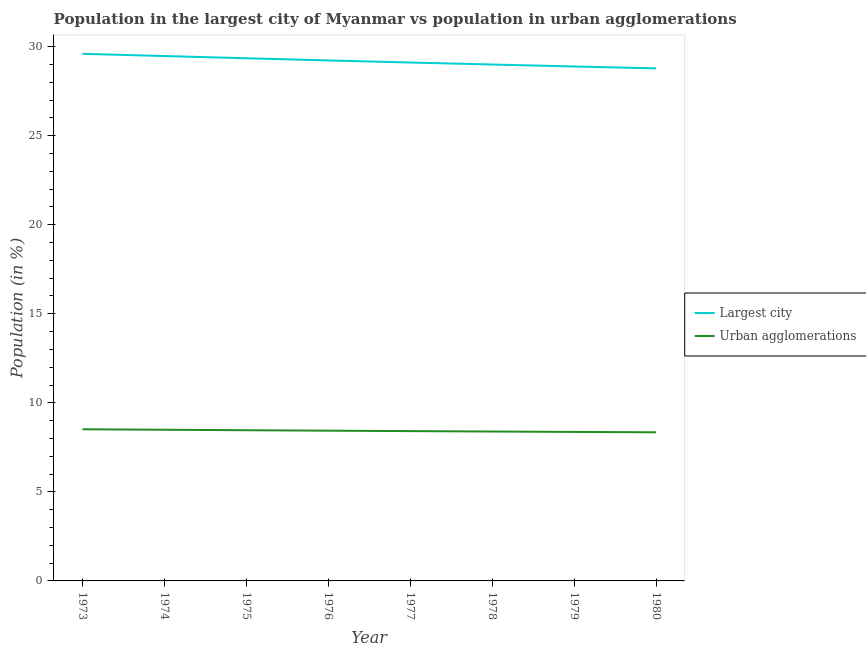
| Year | Largest city | Urban agglomerations |
 | --- | --- | --- |
 | 1973 | 29.6 | 8.51 |
 | 1974 | 29.5 | 8.49 |
 | 1975 | 29.3 | 8.46 |
 | 1976 | 29.2 | 8.44 |
 | 1977 | 29.1 | 8.41 |
 | 1978 | 29 | 8.39 |
 | 1979 | 28.9 | 8.37 |
 | 1980 | 28.8 | 8.35 |